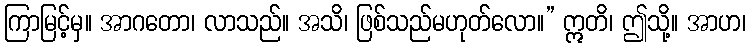
ကြာမြင့်မှ။ အာဂတော၊ လာသည်။ အသိ၊ ဖြစ်သည်မဟုတ်လော။” ဣတိ၊ ဤသို့။ အာဟ၊